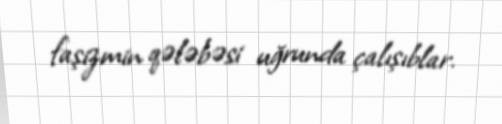
faşizmin qələbəsi uğrunda çalışıblar.